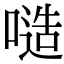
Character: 𠻛